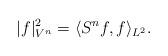
LaTeX: \begin{align*}|f|^2_{V^n}= \langle S^nf, f\rangle_{L^2}.\end{align*}